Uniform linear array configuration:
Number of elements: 64
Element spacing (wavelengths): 0.5
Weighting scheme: hann
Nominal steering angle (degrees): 0
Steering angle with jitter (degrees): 1.997
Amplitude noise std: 0.05
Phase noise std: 0.05

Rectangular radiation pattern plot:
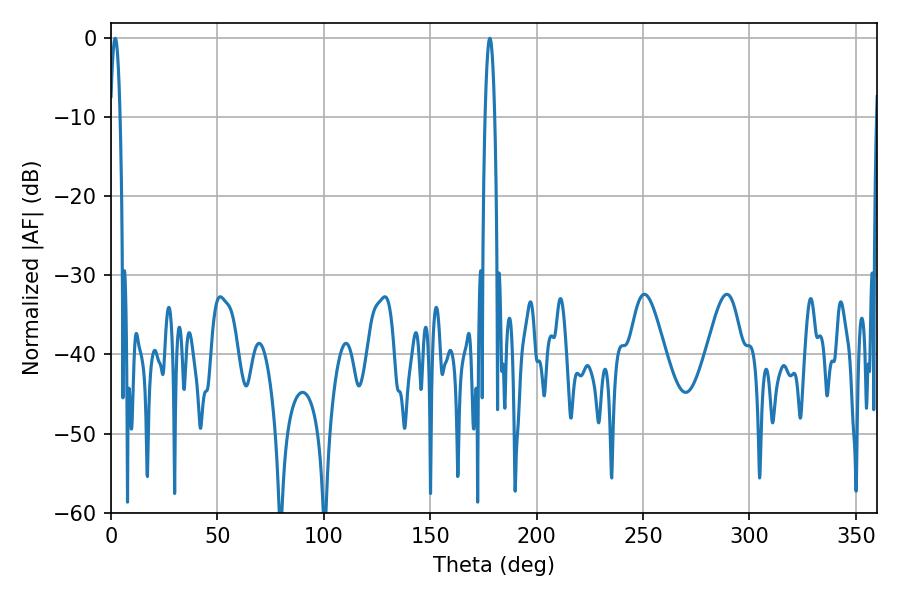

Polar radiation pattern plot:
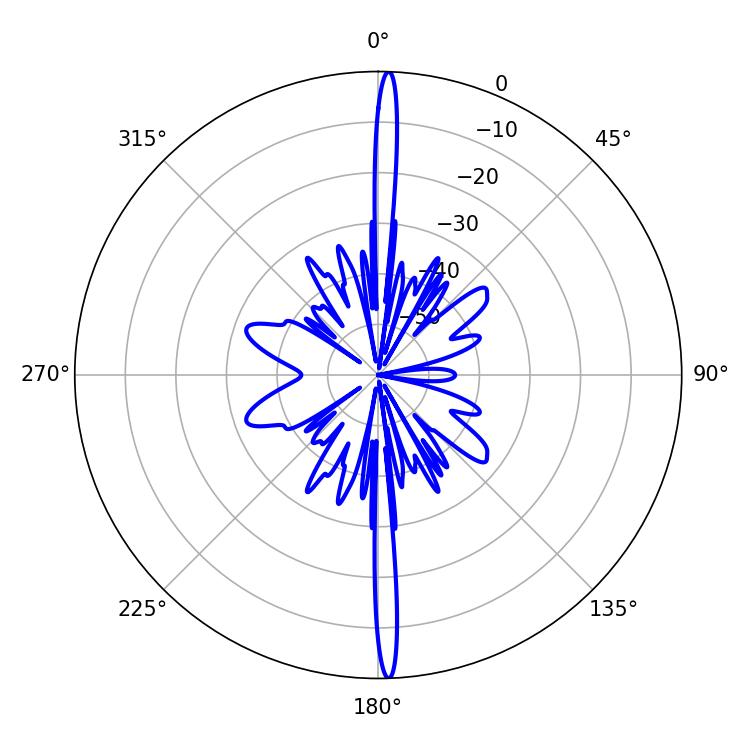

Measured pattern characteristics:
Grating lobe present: FALSE
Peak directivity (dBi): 27.972
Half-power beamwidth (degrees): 2.52
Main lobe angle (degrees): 1.98